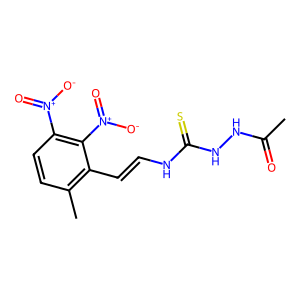
SMILES: CC(=O)NNC(=S)NC=Cc1c(C)ccc([N+](=O)[O-])c1[N+](=O)[O-]
Inhibits HIV replication: No